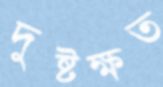
দুষ্টক্ষত